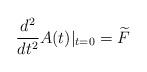
LaTeX: \begin{align*}\frac{d^2}{dt^2}A(t)|_{t=0}=\widetilde{F}\end{align*}